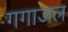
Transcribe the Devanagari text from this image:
गगाजल